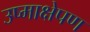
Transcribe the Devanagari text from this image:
उष्माक्षेपण